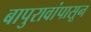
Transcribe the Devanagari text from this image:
बापुरावांपासून